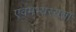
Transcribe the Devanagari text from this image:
एवमभ्यस्यता